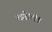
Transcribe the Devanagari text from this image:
लगे॥९॥